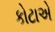
કોટાએ